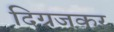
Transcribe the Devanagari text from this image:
दिग्रजकर